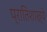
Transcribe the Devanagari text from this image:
प्रातिशाख्ये